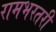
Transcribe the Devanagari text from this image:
रामभरतरी